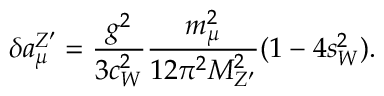
\delta a _ { \mu } ^ { Z ^ { \prime } } = \frac { g ^ { 2 } } { 3 c _ { W } ^ { 2 } } \frac { m _ { \mu } ^ { 2 } } { 1 2 \pi ^ { 2 } M _ { Z ^ { \prime } } ^ { 2 } } ( 1 - 4 s _ { W } ^ { 2 } ) .